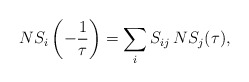
\begin{align*}NS_i\left(-{1\over \tau}\right)=\sum_i S_{ij}\: NS_j(\tau),\end{align*}